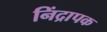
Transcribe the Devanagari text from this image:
निंद्रापक